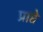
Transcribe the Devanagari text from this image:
प्राप्ते